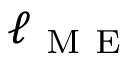
\ell _ { \mathrm { ~ M ~ E ~ } }